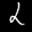
Label: 2